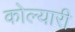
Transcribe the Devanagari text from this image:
कोल्यारी